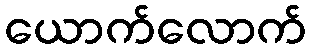
ယောက်လောက်